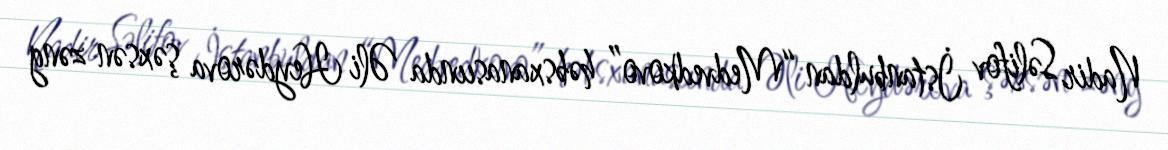
Nadir Səlifov İstanbuldan “Medvedkovo” həbsxanasıında Əli Heydərova şəxsən zəng